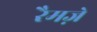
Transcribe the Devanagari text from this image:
रैमज़े